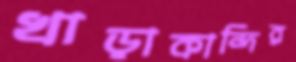
খাড়াকান্দির